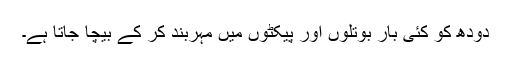
دودھ کو کئی بار بوتلوں اور پیکٹوں میں مہربند کر کے بیچا جاتا ہے۔